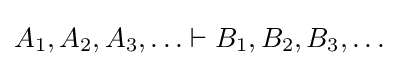
A_{1},A_{2},A_{3},\ldots \vdash B_{1},B_{2},B_{3},\ldots